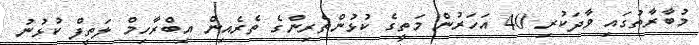
މުބާރާތުގައި ވާދަކުރި 40 އަހަރުން މަތީގެ ކުޅުންތެރިންގެ ތެރެއިން އިބްރާހިމް ލަތީފް ކުޅުނު